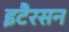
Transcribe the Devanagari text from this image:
इटैरसन